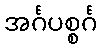
အင်္ဂပစ္စင်္ဂ